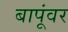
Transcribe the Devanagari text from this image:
बापूंवर